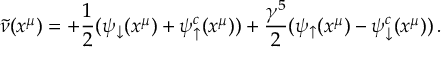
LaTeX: \widetilde \nu ( x ^ { \mu } ) = + { \frac { 1 } { 2 } } ( \psi _ { \downarrow } ( x ^ { \mu } ) + \psi _ { \uparrow } ^ { c } ( x ^ { \mu } ) ) + { \frac { \gamma ^ { 5 } } { 2 } } ( \psi _ { \uparrow } ( x ^ { \mu } ) - \psi _ { \downarrow } ^ { c } ( x ^ { \mu } ) ) \, .